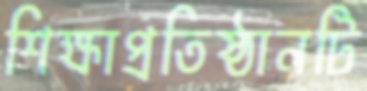
শিক্ষাপ্রতিষ্ঠানটি